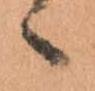
々